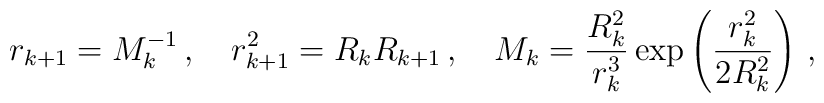
r_{k+1} = M_k^{-1} \, , \quad r_{k+1}^2 = R_k R_{k+1} \, ,\quad     M_k = \frac{R_k^2}{r_k^3} \exp \left( \frac{r_k^2}{2 R_k^2} \right) \,,